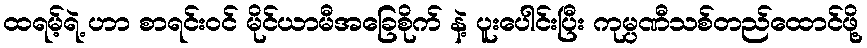
ထရမ့်ရဲ့ ဟာ စာရင်းဝင် မိုင်ယာမီအခြေစိုက် နဲ့ ပူးပေါင်းပြီး ကုမ္ပဏီသစ်တည်ထောင်ဖို့